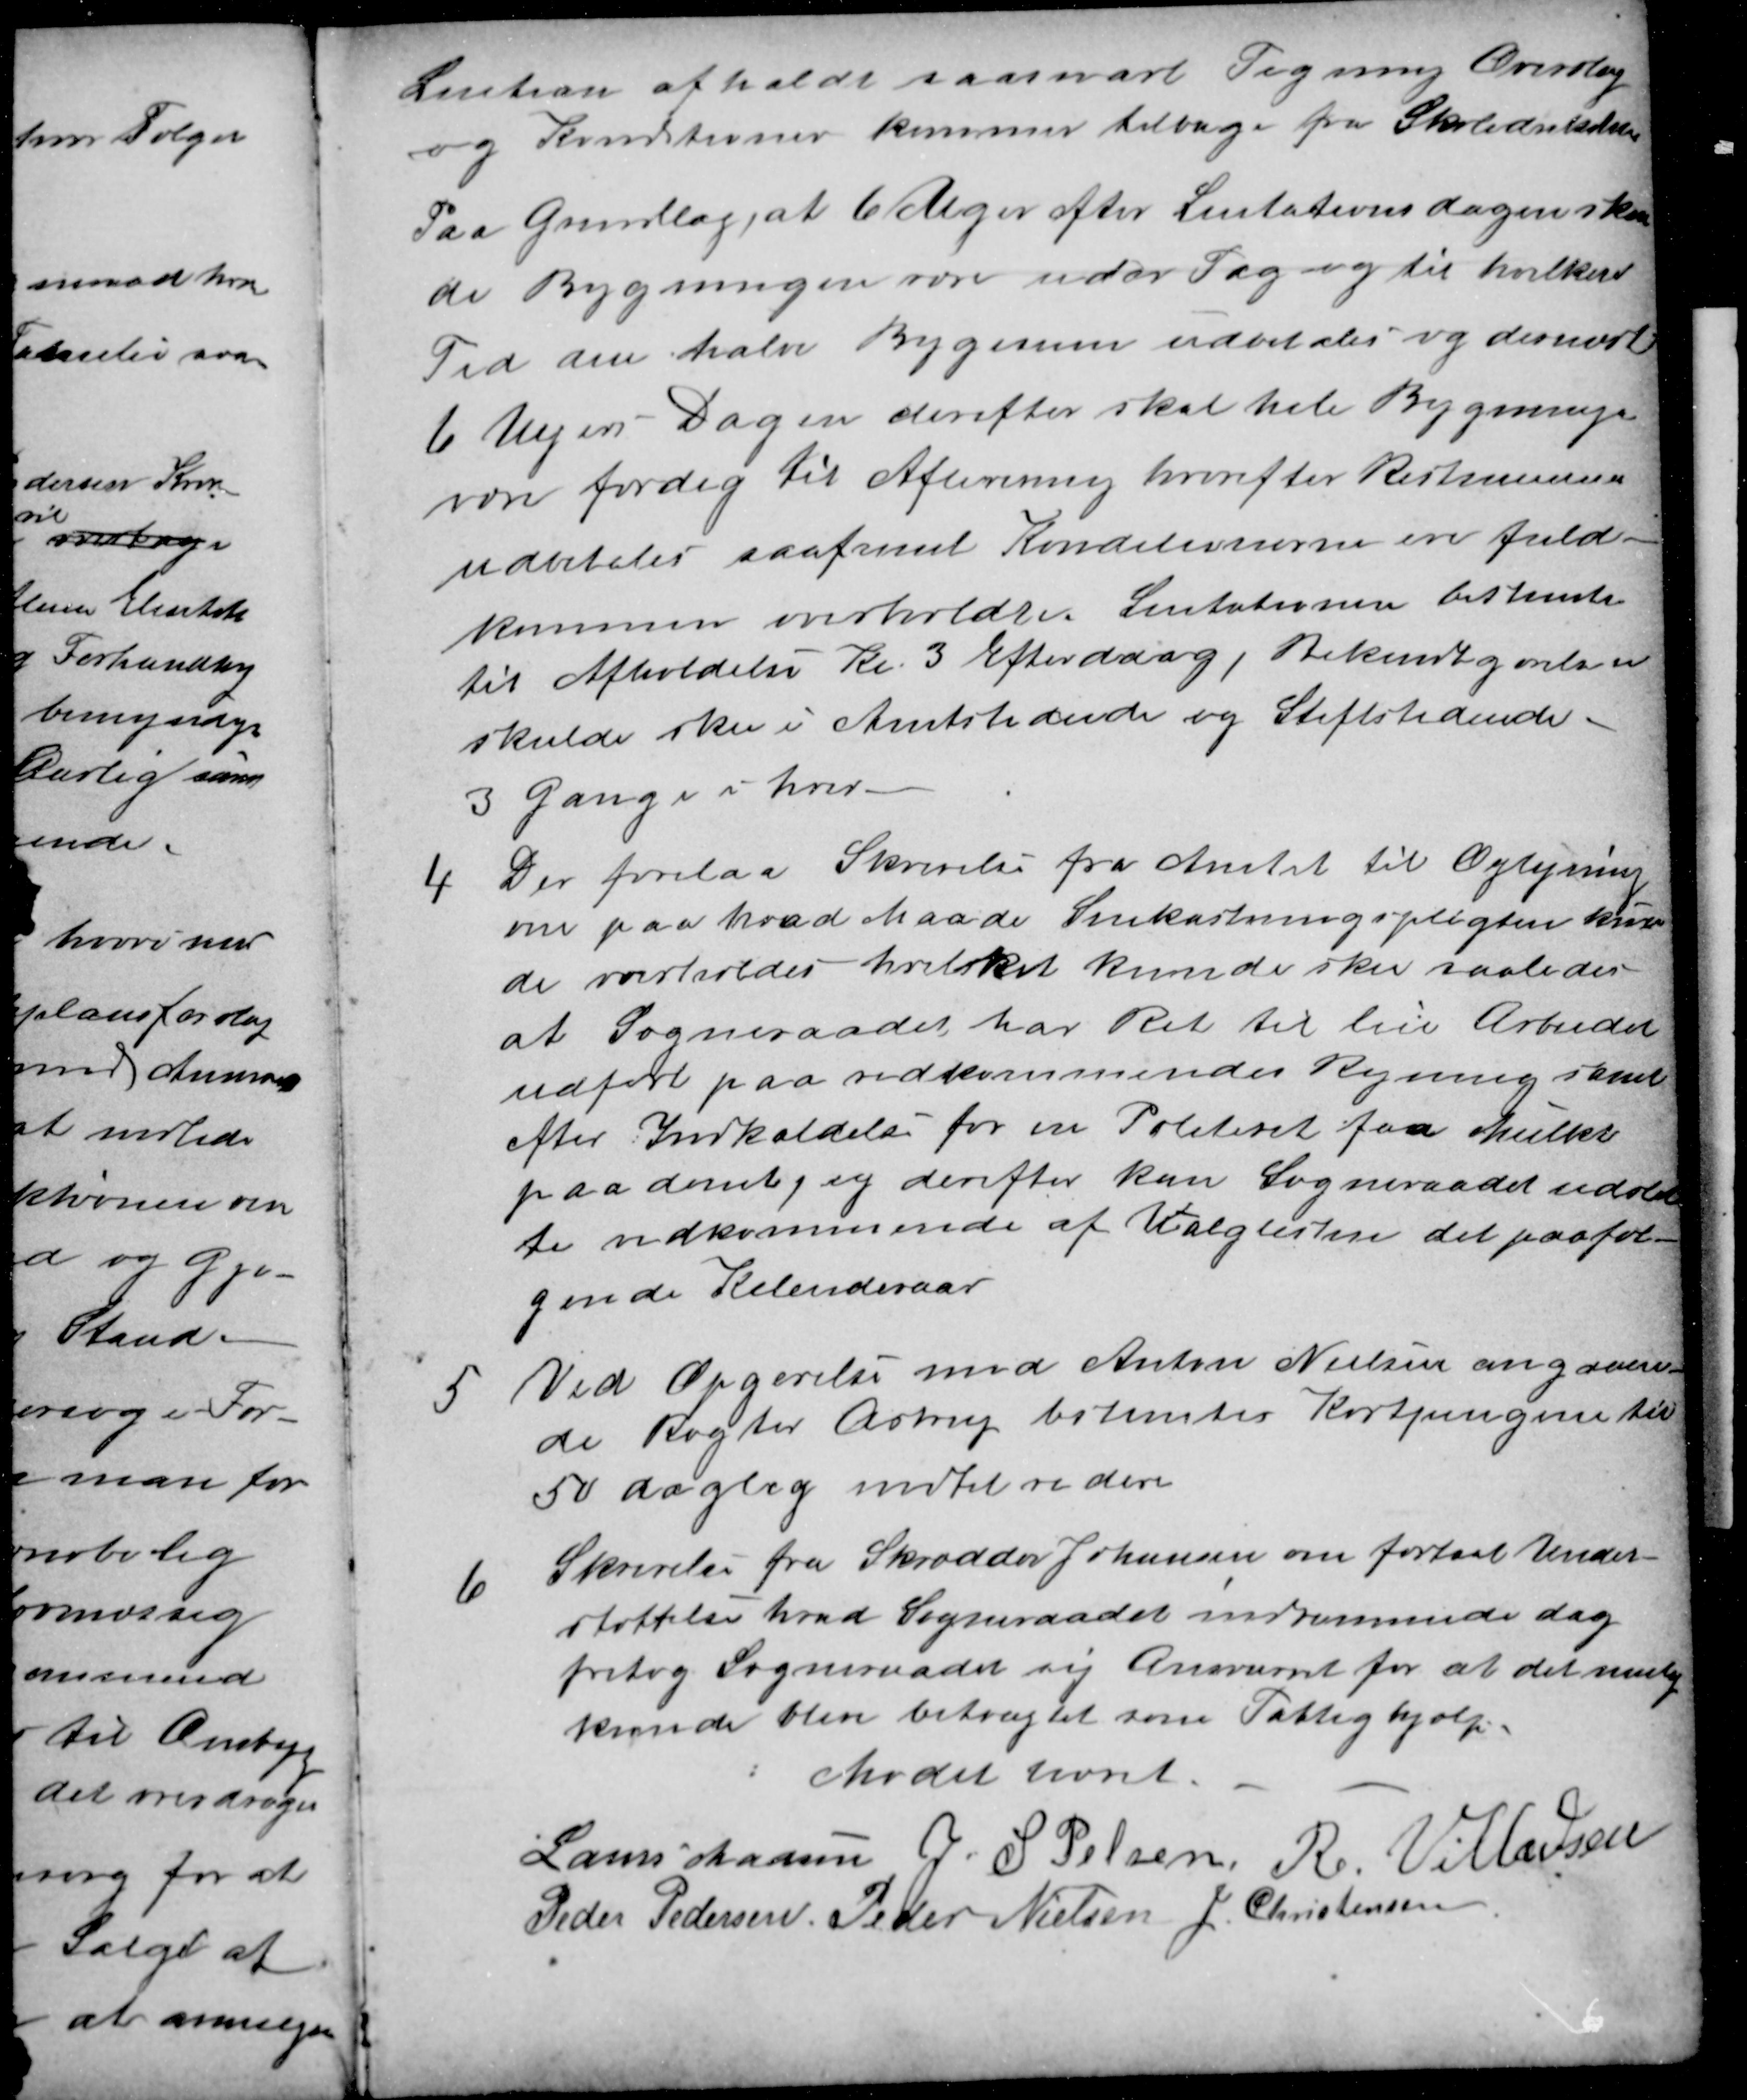
Transskription:
Lisition afholdt saasnart Tegning Overslag
og Konditioner kommer tilbage fra Skoledirektionen
Paa Grundlag, at 6 Uger efter Lisitationsdagen skul-
de Bygningen være uder Tag og til hvilken
Tid den halve Bygesum udbetales og dernæst
6 Ugers Dagen derefter skal hele Bygningen
være færdig til Aflevering hvorefter Restsummen
udbetales saafremt Konditionerne ere fuld-
kommen overholdte Lisitationen bestemtes
til Afholdelse Kl. 3 Efterddag, Bekendtgørelsen
skulde ske i Amtstidende og Stiftstidende.
3 Gange i hver
4
Der forelaa Skrivelse fra Amtet til Oplysning
om paa hvad Maade Snekastningspligten kun-
de overholdes hvilket kunde sker saaledes
at Sogneraadet har Ret til lade Arbeidet
udført paa vedkommendes Regning samt
efter Indkaldelse for en Politiret faa Mulkt
paadømt, og derefter kan Sogneraadet udslet-
te vedkommende af Valglisten det paaføl-
gende Kalenderaar
5
Ved Opgørelse med Anton Nielsen angaaen-
de Røgter Astrup bestemtes Kostpengene til
50 daglig indtil videre
6
Skrivelse fra Skrædder Johansen om fortsat Under-
støttelse hvad Sogneraadet indrømmede dog
fritog Sogneraadet sig Ansvaret for at det mulig
kunde blive betragtet som Fattighjælp.
Mødet hævet.
Laurs Madsen J. S. Pelsen R Villadsen
Peder Pedersen Peder Nielsen J. Christensen